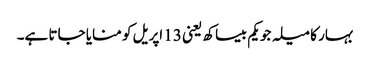
بہار کا میلہ جو یکم بیساکھ یعنی 13 اپریل کو منایا جاتا ہے۔